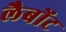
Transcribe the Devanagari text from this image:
लैबोंट